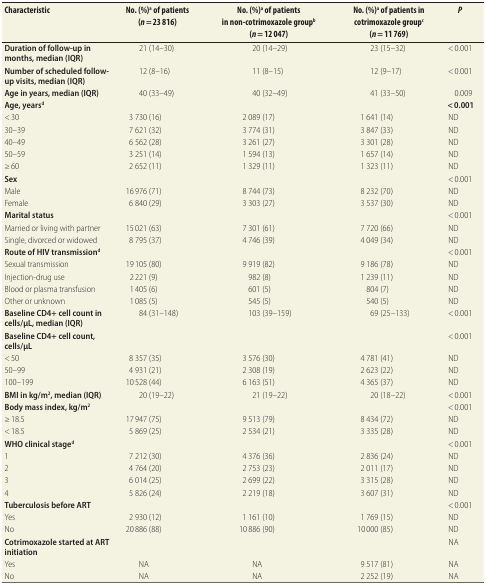
<table><thead><tr><td><b>Characteristic</b></td><td><b>No. (%)<sup>a</sup> of patients (<i>n</i> = 23 816)</b></td><td><b>No. (%)<sup>a</sup> of patients in non-cotrimoxazole group<sup>b </sup>(<i>n</i> = 12 047)</b></td><td><b>No. (%)<sup>a</sup> of patients in cotrimoxazole group<sup>c</sup> (<i>n</i> = 11 769)</b></td><td><b><i>P</i></b></td></tr></thead><tbody><tr><td><b>Duration of follow-up in months, median (IQR)</b></td><td>21 (14–30)</td><td>20 (14–29)</td><td>23 (15–32)</td><td>&lt; 0.001</td></tr><tr><td><b>Number of scheduled follow-up visits, median (IQR)</b></td><td>12 (8–16)</td><td>11 (8–15)</td><td>12 (9–17)</td><td>&lt; 0.001</td></tr><tr><td><b>Age in years, median (IQR)</b></td><td>40 (33–49)</td><td>40 (32–49)</td><td>41 (33–50)</td><td>0.009</td></tr><tr><td><b>Age, years<sup>d</sup></b></td><td></td><td></td><td></td><td><b>&lt; 0.001</b></td></tr><tr><td>&lt; 30</td><td>3 730 (16)</td><td>2 089 (17)</td><td>1 641 (14)</td><td>ND</td></tr><tr><td>30–39</td><td>7 621 (32)</td><td>3 774 (31)</td><td>3 847 (33)</td><td>ND</td></tr><tr><td>40–49</td><td>6 562 (28)</td><td>3 261 (27)</td><td>3 301 (28)</td><td>ND</td></tr><tr><td>50–59</td><td>3 251 (14)</td><td>1 594 (13)</td><td>1 657 (14)</td><td>ND</td></tr><tr><td>≥ 60</td><td>2 652 (11)</td><td>1 329 (11)</td><td>1 323 (11)</td><td>ND</td></tr><tr><td><b>Sex</b></td><td></td><td></td><td></td><td>&lt; 0.001</td></tr><tr><td>Male</td><td>16 976 (71)</td><td>8 744 (73)</td><td>8 232 (70)</td><td>ND</td></tr><tr><td>Female</td><td>6 840 (29)</td><td>3 303 (27)</td><td>3 537 (30)</td><td>ND</td></tr><tr><td><b>Marital status</b></td><td></td><td></td><td></td><td>&lt; 0.001</td></tr><tr><td>Married or living with partner</td><td>15 021 (63)</td><td>7 301 (61)</td><td>7 720 (66)</td><td>ND</td></tr><tr><td>Single, divorced or widowed</td><td>8 795 (37)</td><td>4 746 (39)</td><td>4 049 (34)</td><td>ND</td></tr><tr><td><b>Route of HIV transmission<sup>d</sup></b></td><td></td><td></td><td></td><td>&lt; 0.001</td></tr><tr><td>Sexual transmission</td><td>19 105 (80)</td><td>9 919 (82)</td><td>9 186 (78)</td><td>ND</td></tr><tr><td>Injection-drug use</td><td>2 221 (9)</td><td>982 (8)</td><td>1 239 (11)</td><td>ND</td></tr><tr><td>Blood or plasma transfusion</td><td>1 405 (6)</td><td>601 (5)</td><td>804 (7)</td><td>ND</td></tr><tr><td>Other or unknown</td><td>1 085 (5)</td><td>545 (5)</td><td>540 (5)</td><td>ND</td></tr><tr><td><b>Baseline CD4+ cell count in cells/μL, median (IQR)</b></td><td>84 (31–148)</td><td>103 (39–159)</td><td>69 (25–133)</td><td>&lt; 0.001</td></tr><tr><td><b>Baseline CD4+ cell count, cells/μL</b></td><td></td><td></td><td></td><td>&lt; 0.001</td></tr><tr><td>&lt; 50</td><td>8 357 (35)</td><td>3 576 (30)</td><td>4 781 (41)</td><td>ND</td></tr><tr><td>50–99</td><td>4 931 (21)</td><td>2 308 (19)</td><td>2 623 (22)</td><td>ND</td></tr><tr><td>100–199</td><td>10 528 (44)</td><td>6 163 (51)</td><td>4 365 (37)</td><td>ND</td></tr><tr><td><b>BMI in kg/m<sup>2</sup>, median (IQR)</b></td><td>20 (19–22)</td><td>21 (19–22)</td><td>20 (18–22)</td><td>&lt; 0.001</td></tr><tr><td><b>Body mass index, kg/m<sup>2</sup></b></td><td></td><td></td><td></td><td>&lt; 0.001</td></tr><tr><td>≥ 18.5</td><td>17 947 (75)</td><td>9 513 (79)</td><td>8 434 (72)</td><td>ND</td></tr><tr><td>&lt; 18.5</td><td>5 869 (25)</td><td>2 534 (21)</td><td>3 335 (28)</td><td>ND</td></tr><tr><td><b>WHO clinical stage<sup>d</sup></b></td><td></td><td></td><td></td><td>&lt; 0.001</td></tr><tr><td>1</td><td>7 212 (30)</td><td>4 376 (36)</td><td>2 836 (24)</td><td>ND</td></tr><tr><td>2</td><td>4 764 (20)</td><td>2 753 (23)</td><td>2 011 (17)</td><td>ND</td></tr><tr><td>3</td><td>6 014 (25)</td><td>2 699 (22)</td><td>3 315 (28)</td><td>ND</td></tr><tr><td>4</td><td>5 826 (24)</td><td>2 219 (18)</td><td>3 607 (31)</td><td>ND</td></tr><tr><td><b>Tuberculosis before ART</b></td><td></td><td></td><td></td><td>&lt; 0.001</td></tr><tr><td>Yes</td><td>2 930 (12)</td><td>1 161 (10)</td><td>1 769 (15)</td><td>ND</td></tr><tr><td>No</td><td>20 886 (88)</td><td>10 886 (90)</td><td>10 000 (85)</td><td>ND</td></tr><tr><td><b>Cotrimoxazole started at ART initiation</b></td><td></td><td></td><td></td><td>NA</td></tr><tr><td>Yes</td><td>NA</td><td>NA</td><td>9 517 (81)</td><td>NA</td></tr><tr><td>No</td><td>NA</td><td>NA</td><td>2 252 (19)</td><td>NA</td></tr></tbody></table>